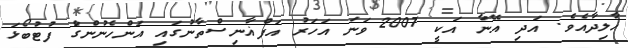
ޚާލިދާއެވެ. އަދި އޭނާ އަކީ 2007 ވަނަ އަހަރު އަފްޣާނިސްތާނުގައި އަންހެނުންގެަ ފުޓުބޯޅަ